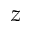
z